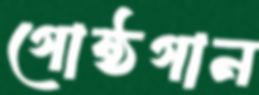
গোষ্ঠগান